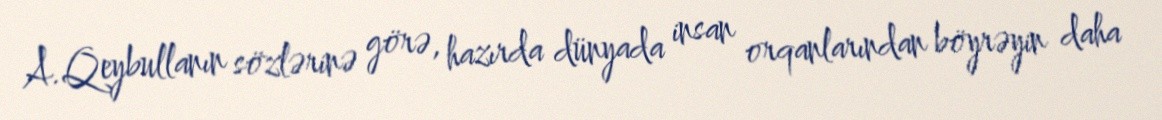
A.Qeybullanın sözlərinə görə, hazırda dünyada insan orqanlarından böyrəyin daha